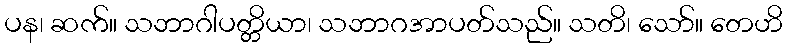
ပန၊ ဆက်။ သဘာဂါပတ္တိယာ၊ သဘာဂအာပတ်သည်။ သတိ၊ သော်။ တေဟိ